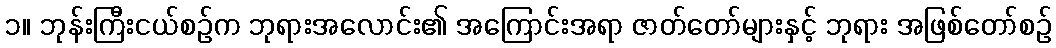
၁။ ဘုန်းကြီးငယ်စဉ်က ဘုရားအလောင်း၏ အကြောင်းအရာ ဇာတ်တော်များနှင့် ဘုရား အဖြစ်တော်စဉ်